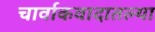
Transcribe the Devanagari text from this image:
चार्वाकवादातल्या